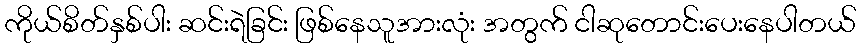
ကိုယ်စိတ်နှစ်ပါး ဆင်းရဲခြင်း ဖြစ်နေသူအားလုံး အတွက် ငါဆုတောင်းပေးနေပါတယ်